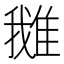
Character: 𨿍